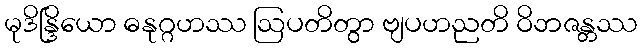
မုဒိန္ဒြိယော ဓနုဂ္ဂဟဿ ဩပတိတွာ ဗျပဟညတိ ဝိဘဇန္တဿ